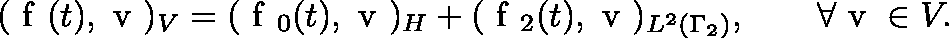
\begin{array} { r l r } & { } & { ( \mathrm { \boldmath { ~ f ~ } } ( t ) , \mathrm { \boldmath { ~ v ~ } } ) _ { V } = ( \mathrm { \boldmath { ~ f ~ } } _ { 0 } ( t ) , \mathrm { \boldmath { ~ v ~ } } ) _ { H } + ( \mathrm { \boldmath { ~ f ~ } } _ { 2 } ( t ) , \mathrm { \boldmath { ~ v ~ } } ) _ { L ^ { 2 } ( \Gamma _ { 2 } ) } , \qquad \forall \mathrm { \boldmath { ~ v ~ } } \in V . } \end{array}